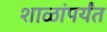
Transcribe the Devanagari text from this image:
शाळांपर्यंत